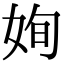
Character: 姰